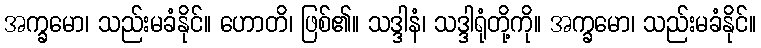
အက္ခမော၊ သည်းမခံနိုင်။ ဟောတိ၊ ဖြစ်၏။ သဒ္ဒါနံ၊ သဒ္ဒါရုံတို့ကို။ အက္ခမော၊ သည်းမခံနိုင်။